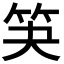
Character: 𮅃